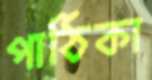
পাঠিকা